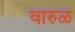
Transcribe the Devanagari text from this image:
वारुळ